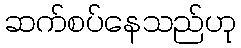
ဆက်စပ်နေသည်ဟု